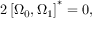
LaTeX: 2 \left[ \Omega _ { 0 } , \Omega _ { 1 } \right] ^ { * } = 0 ,